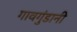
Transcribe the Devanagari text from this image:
गावगुंडानी